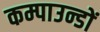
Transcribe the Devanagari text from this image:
कम्पाउन्डों